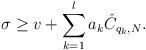
LaTeX: \begin{align*}\sigma\geq v + \sum_{k=1}^l a_k \hat C_{q_k, N}.\end{align*}